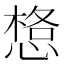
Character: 𱞼